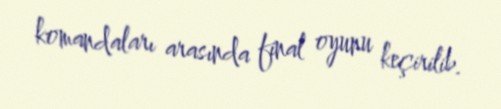
komandaları arasında final oyunu keçirilib.